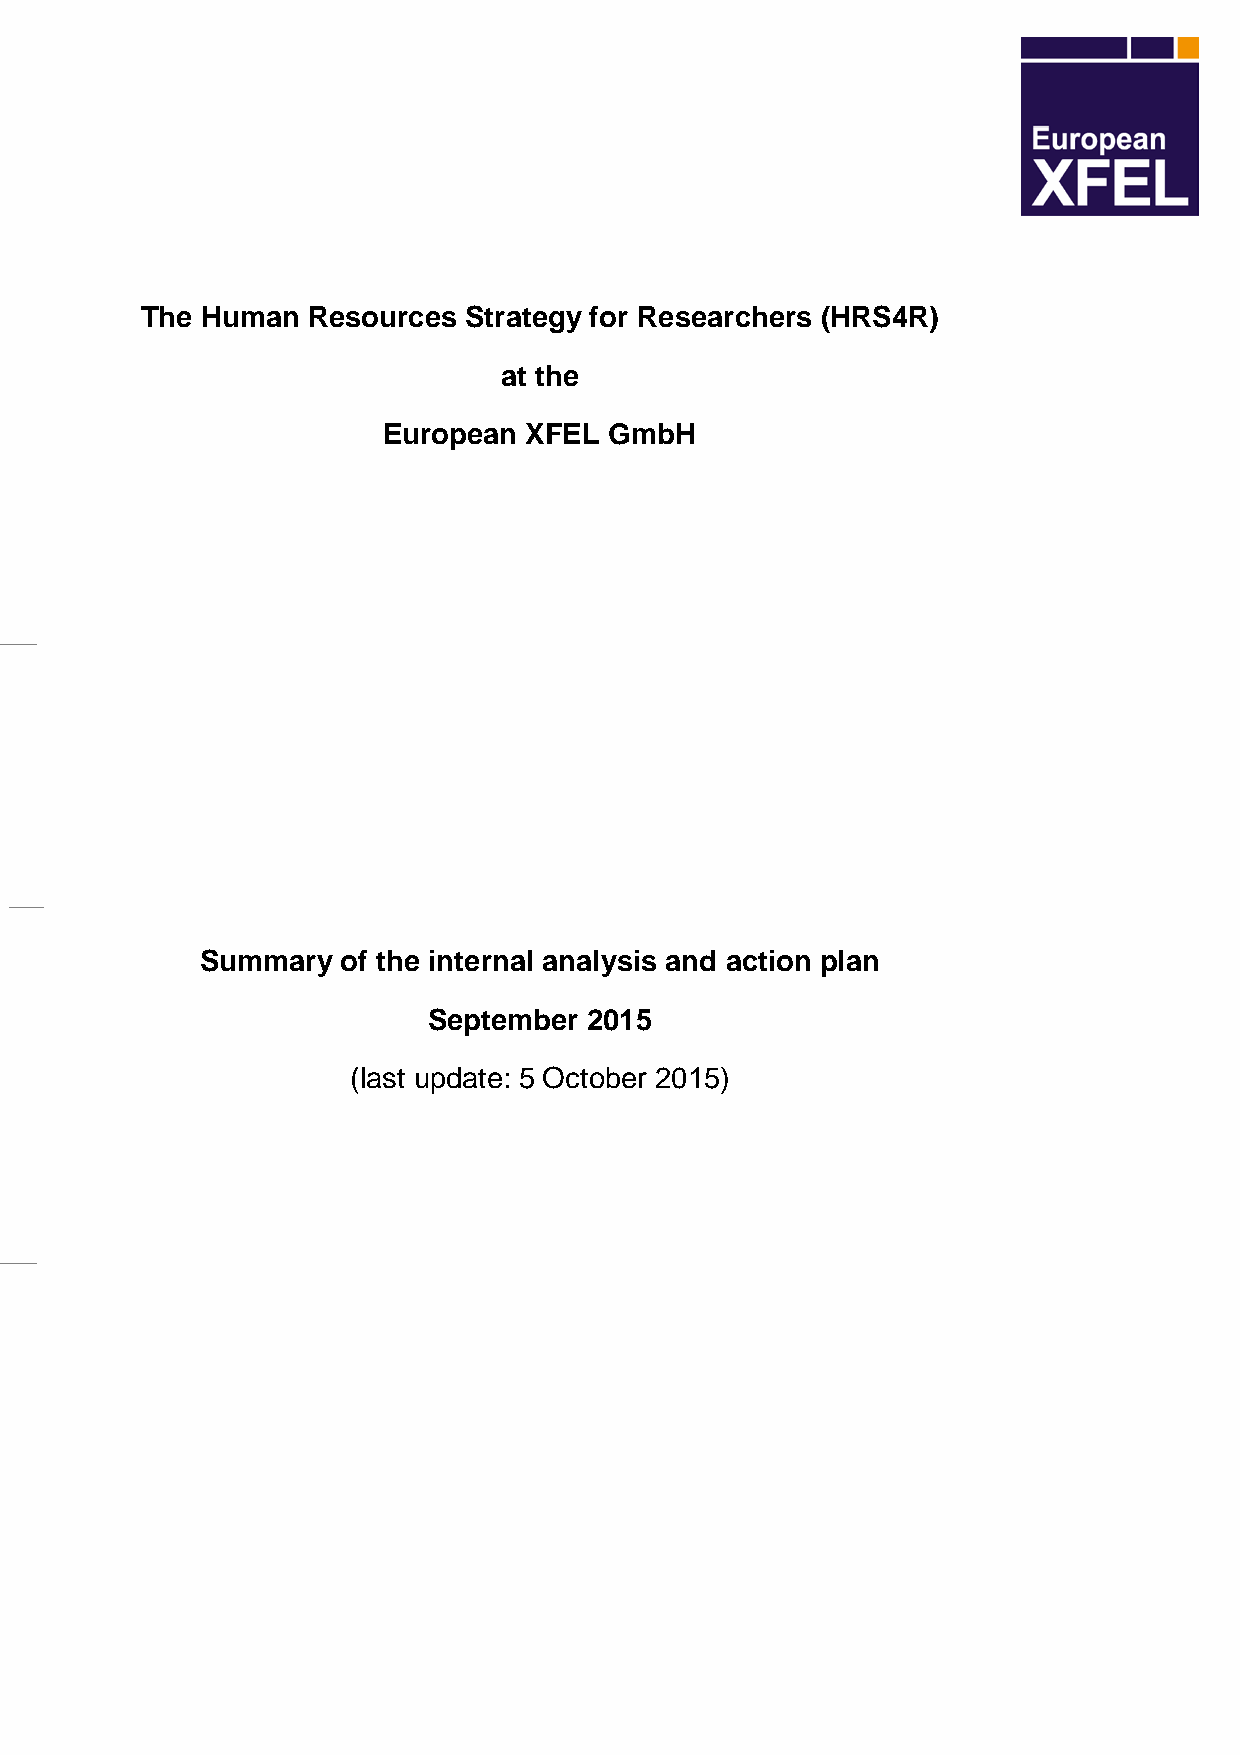
The Human  Resources  Strategy for Researchers (HRS4R)
 at the
 European  XFEL GmbH
 Summary   of the internal analysis and action plan
 September  2015
 (last update: 5 October 2015)